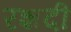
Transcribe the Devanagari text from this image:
रशदी